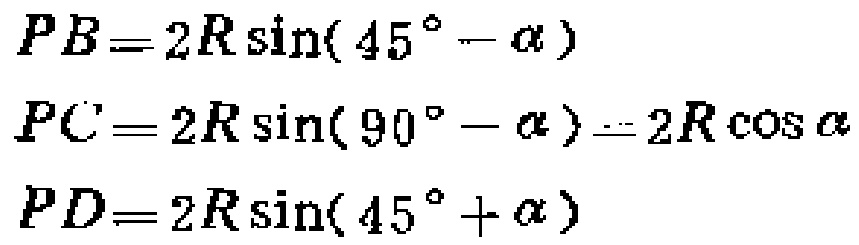
\[
\begin{align*}
PB&=2R\sin(45^{\circ}-\alpha)\\
PC&=2R\sin(90^{\circ}-\alpha)=2R\cos\alpha\\
PD&=2R\sin(45^{\circ}+\alpha)
\end{align*}
\]